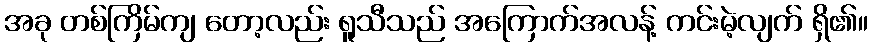
အခု တစ်ကြိမ်ကျ တော့လည်း ရူသီသည် အကြောက်အလန့် ကင်းမဲ့လျက် ရှိ၏။